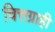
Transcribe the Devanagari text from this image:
चित्तग्राही